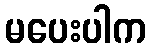
မပေးပါက